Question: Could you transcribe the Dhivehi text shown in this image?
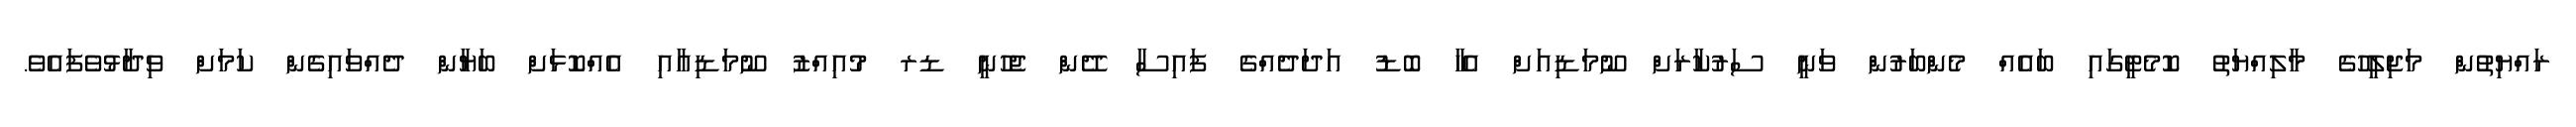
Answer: ރައްޔިތުން މަޖިލީހުގެ މާލިއްޔަތު ކޮމެޓީގައި ބައެއް މެންބަރުން ވަނީ ސަރުކާރަށް ނޫމަޑިއަށް އެހާ ބޮޑު އަދަދެއްގެ ފައިސާ ދޭން ޖެހުނީ ޑރ މުއިއްޒު ނޫމަޑިއާއި އެއްކޮޅަށް ބަޔާން ދެއްވައިގެން ކަމަށް ވިދާޅުވެފައެވެ.